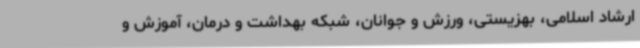
ارشاد اسلامی، بهزیستی، ورزش و جوانان، شبکه بهداشت و درمان، آموزش و